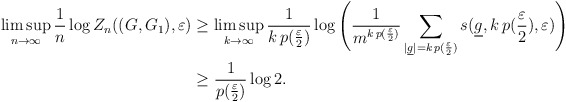
\begin{align*} \limsup_{n\to\infty} \frac{1}{n} \log Z_n((G,G_1),\varepsilon) & \ge\limsup_{k\to\infty}\frac1{k\, p(\frac\varepsilon{2})} \log \Bigg( \frac{1}{ m^{k\, p(\frac\varepsilon{2})}} \sum_{|\underline g| = {k\, p(\frac\varepsilon{2})}} s(\underline g, k\, p(\frac\varepsilon{2}), \varepsilon)\Bigg) \\& \ge \frac1{p(\frac{\varepsilon}{2})} \log 2.\end{align*}